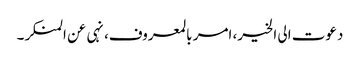
دعوت الی الخیر، امر بالمعروف، نہی عن المنکر۔